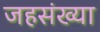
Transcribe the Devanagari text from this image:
जहसंख्या